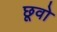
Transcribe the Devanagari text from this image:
छूवो